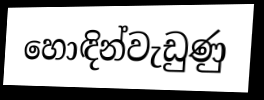
හොඳින්වැඩුණු